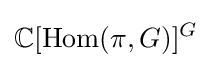
\mathbb {C} [\operatorname {Hom} (\pi ,G)]^{G}